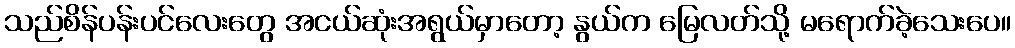
သည်စိန်ပန်းပင်လေးတွေ အငယ်ဆုံးအရွယ်မှာတော့ နွယ်က မြေလတ်သို့ မရောက်ခဲ့သေးပေ။